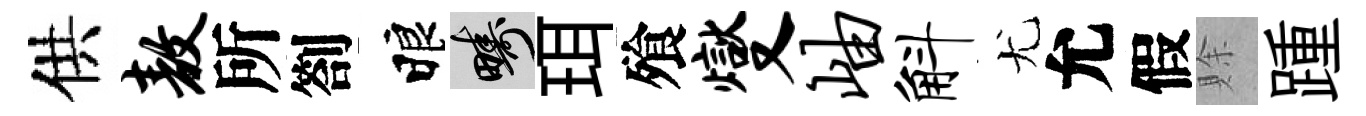
供敖所劄睱疇珥飱燮岫斛尤允假賖踵